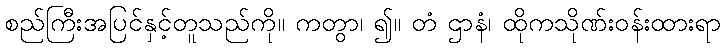
စည်ကြီးအပြင်နှင့်တူသည်ကို။ ကတွာ၊ ၍။ တံ ဌာနံ၊ ထိုကသိုဏ်းဝန်းထားရာ